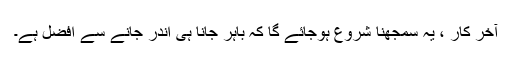
آخر کار ، یہ سمجھنا شروع ہوجائے گا کہ باہر جانا ہی اندر جانے سے افضل ہے۔